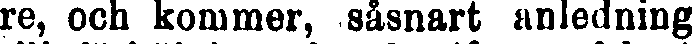
re, och kommer, såsnart anledning